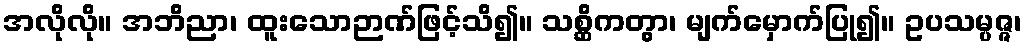
အလိုလို။ အဘိညာ၊ ထူးသောဉာဏ်ဖြင့်သိ၍။ သစ္ဆိကတွာ၊ မျက်မှောက်ပြု၍။ ဥပသမ္ပဇ္ဇ၊